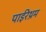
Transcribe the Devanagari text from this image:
पाईरेथ्रम